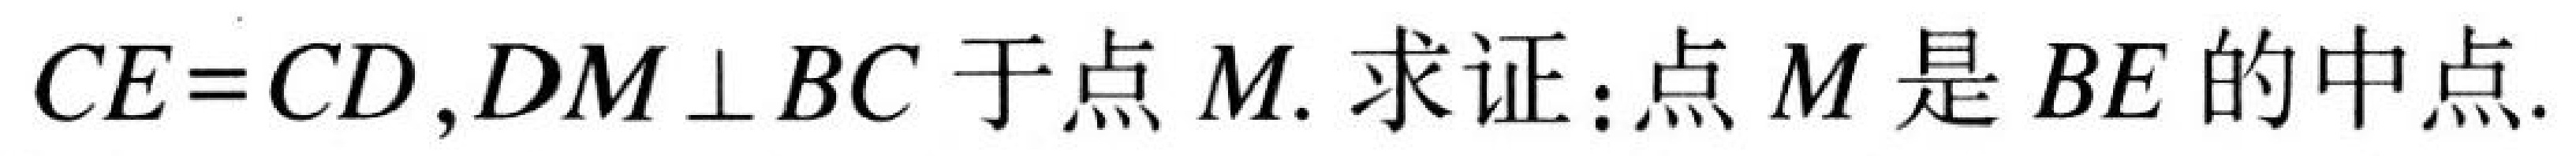
\(CE = CD,DM\perp BC\)于点\(M.\)求证：点\(M\)是\(BE\)的中点.